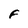
Character: F